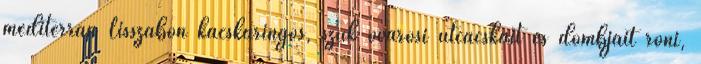
mediterrán Lisszabon kacskaringós, szűk óvárosi utcácskáit és dombjait róni,